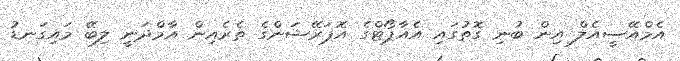
އެމްއޭސީއެލް އިން ބުނި ގޮތުގައި އެއާޕޯޓްގެ އޮޕަރޭޝަންގެ ތެރެއިން އާމްދަނީ ލިބޭ މައިގަނޑު